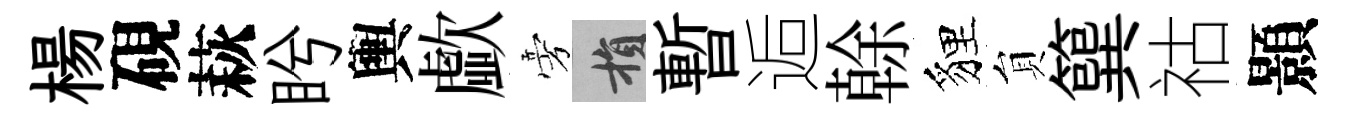
楊硯萩盻輿歔旁損暫逅𠏉貍貟簨祜顥